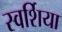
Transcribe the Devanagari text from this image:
स्वर्शिया